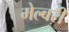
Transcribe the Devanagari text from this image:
मेल्बरी